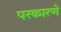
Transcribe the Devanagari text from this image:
परकारणे